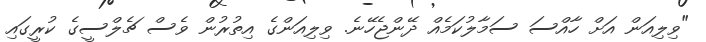
"ވިލިއަން އަށް ހާއްސަ ސަމާލުކަމެއް ދޭންޖެހޭނެ. ވިލިއަންގެ އިތުރުން ވެސް ޗެލްސީގެ ކުރީގައި